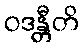
ဝဒန္တီတိ